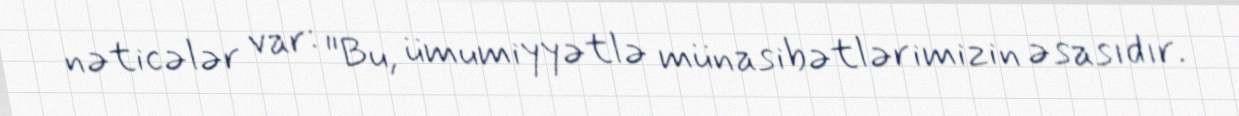
nəticələr var: "Bu, ümumiyyətlə münasibətlərimizin əsasıdır.